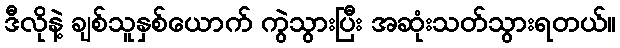
ဒီလိုနဲ့ ချစ်သူနှစ်ယောက် ကွဲသွားပြီး အဆုံးသတ်သွားရတယ်။